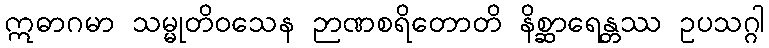
ဣဓာဂမာ သမ္မုတိဝသေန ဉာဏစရိတောတိ နိစ္ဆာရေန္တဿ ဥပသဂ္ဂါ